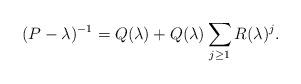
LaTeX: \begin{align*} (P-\lambda)^{-1} = Q(\lambda) + Q(\lambda)\sum_{j\geq 1}R(\lambda)^j .\end{align*}